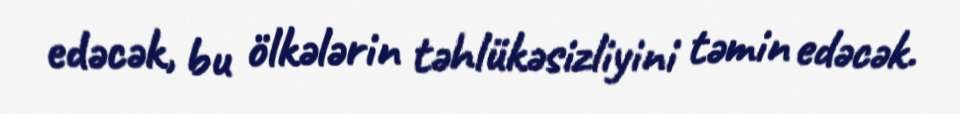
edəcək, bu ölkələrin təhlükəsizliyini təmin edəcək.